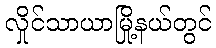
လှိုင်သာယာမြို့နယ်တွင်